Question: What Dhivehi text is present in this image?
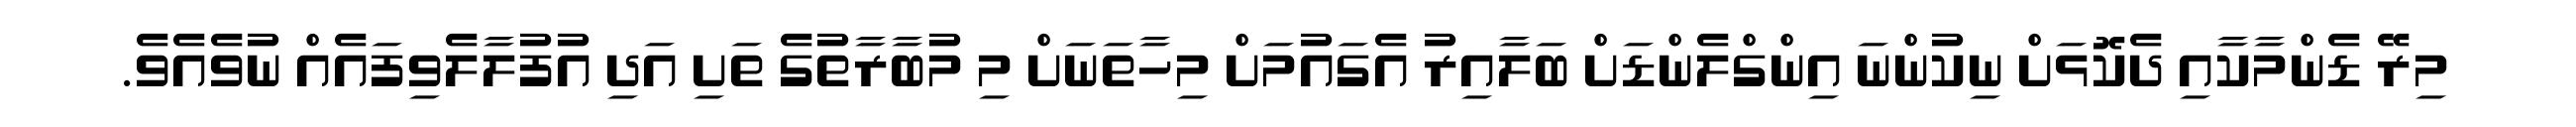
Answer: މިރޭ ޑެންމާކާއި ދެކޮޅަށް ނިކުންނަ އިންގްލެންޑަށް ބަލާއިރު އެގައުމަށް މިހާތަނަށް މި މުބާރާތުގެ ތަށި އަދި އުފުލާލެވިފައެއް ނުވެއެވެ.